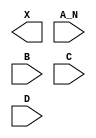
module sky130_fd_sc_hdll__and4b (
    X  ,
    A_N,
    B  ,
    C  ,
    D
);

    output X  ;
    input  A_N;
    input  B  ;
    input  C  ;
    input  D  ;

    // Voltage supply signals
    supply1 VPWR;
    supply0 VGND;
    supply1 VPB ;
    supply0 VNB ;

endmodule